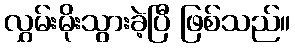
လွှမ်းမိုးသွားခဲ့ပြီ ဖြစ်သည်။